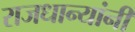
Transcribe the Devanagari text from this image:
राजधान्यांनी